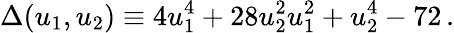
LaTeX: \Delta(u_{1},u_{2})\equiv 4u_{1}^{4}+28u_{2}^{2}u_{1}^{2}+u_{2}^{4}-72\, .